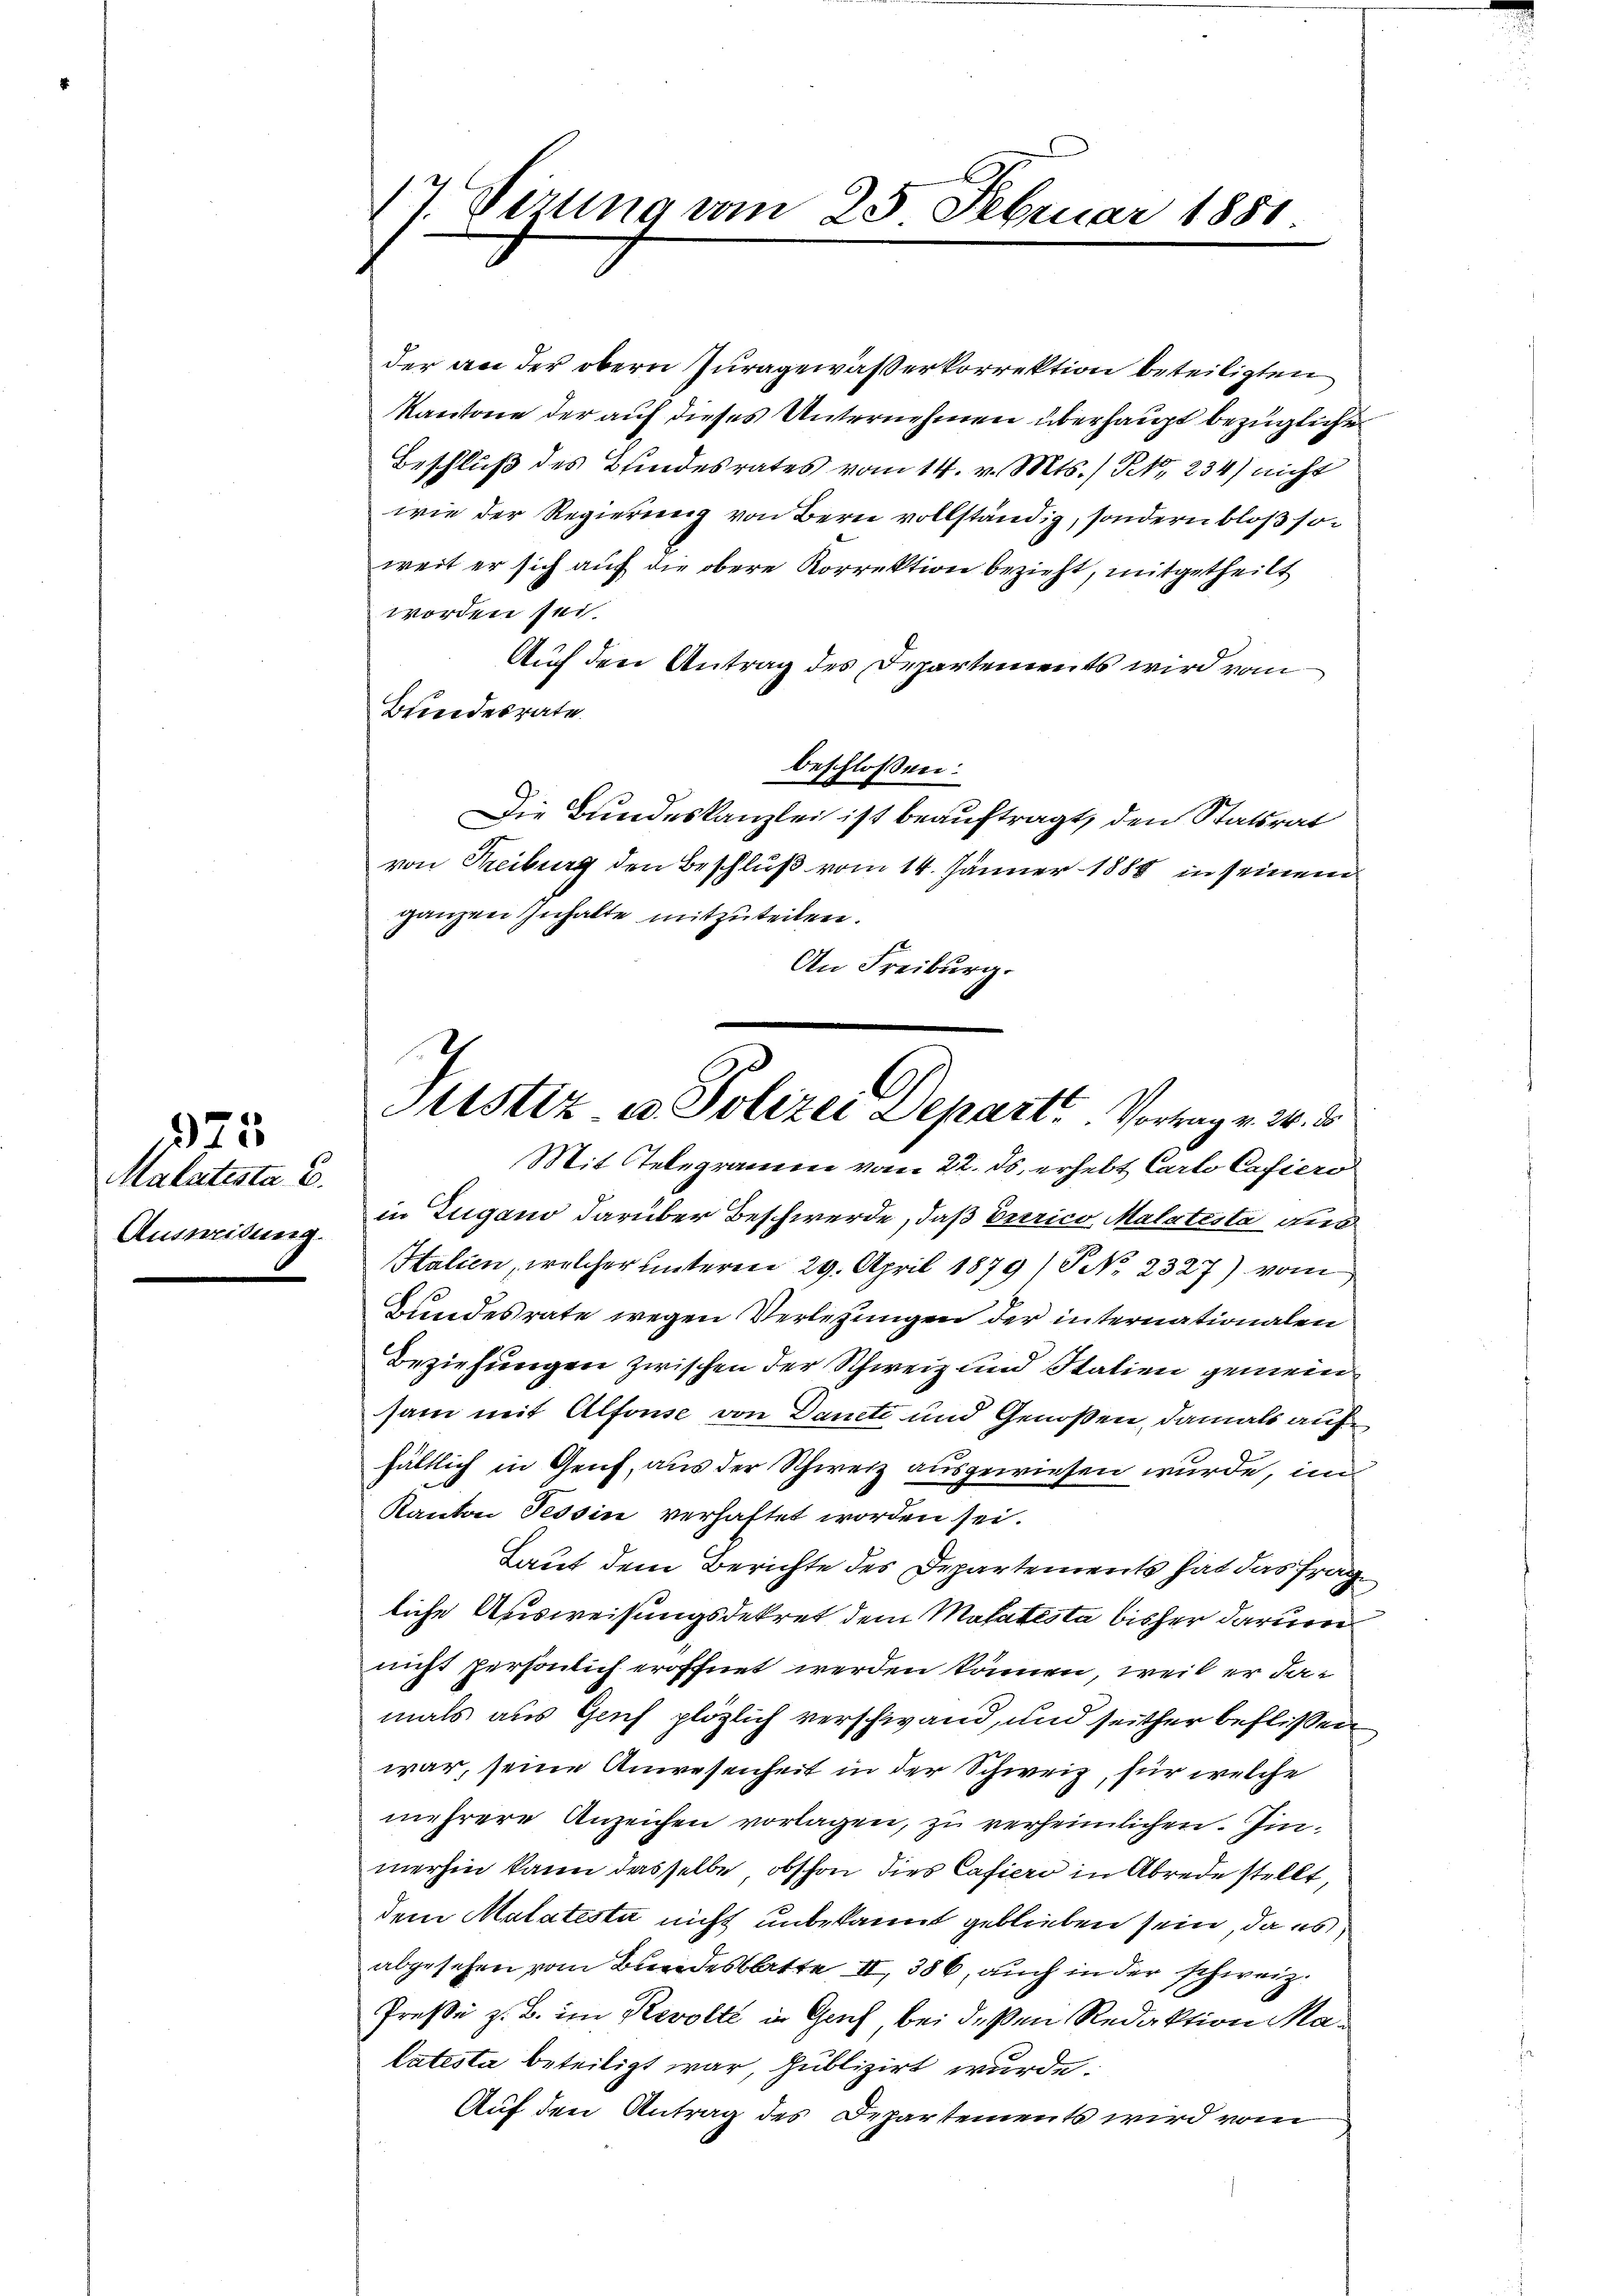
Malatesta C.
Ausweisung

375

17. Sizung vom 25. Februar 1881

der an der obern Juragewaßerkorrektion beteiligten
Kantone der auf dieses Unternehmen überhaupt bezüglichen
Beschluß des Bindesrates vom 14. v. Mts. (Tit. 234) nicht
wie der Regierung von Bern vollständig, sondern bloß so
weit er sich auf die obere Korrektion bezieht, mitgetheilt
worden sei.
Auch den Antrag des Departements wird vom
Bundesrate
beschlossen:
Die Bundeskanzlei ist beauftragt, den Statsrat
von Freiburg den Beschluß vom 14. Jänner 1888 in seinem
ganzen Inhalte mitzuteilen.
An Freiburg.
in Zugano darüber Beschwerde, daß Berico Malatesta dis
Halien, welcher unterm 29. April 1879/G No. 2327) vom
Bundesrate wegen Verlegungen der internationalen
Beziehungen zwischen der Schweiz und Italien gemein
sam mit Alfonse von Danete und Genoßen, damals auf
hältlich in Genf, aus der Schweiz ausgewiesen wurde, im
Kanton Tessin verhaftet worden sei.
Laut dem Berichte des Departements hat das frag
liche Ausweisungsdekret dem Matatista bisher darum
nicht persönlich eröffnet werden können, weil er damals aus Genf plözlich verschwand, und seither beflissen
war, seine Anwesenheit in der Schweiz, für welche
mehrere Anzeichen vorlagen, zu verheimlichen. Immerhin kann dasselbe, obschon dies Cafiero in Abrede stellt,
dem Malatesta nicht unbekannt geblieben sein, da es
abgesehen vom Bundesblatte II 386, auch in der schweiz.
Preße z. B. im Revolte in Genf bei deßen Redaktion Malatesta beteiligt war, publizirt wurde.
Auf den Antrag des Departements wird vom

C
Sistiz u. Polizei Depart. Vortrag v. 24. d
Mit Stelegramm vom 22. ds. erhebt Carto Cafiero